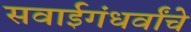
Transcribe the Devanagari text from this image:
सवाईगंधर्वांचे